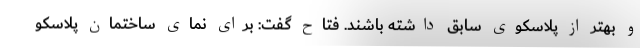
و بهتر از پلاسکوی سابق داشته باشند. فتاح گفت: برای نمای ساختمان پلاسکو